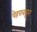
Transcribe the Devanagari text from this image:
पेहरावाहून